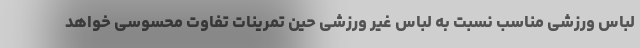
لباس ورزشی مناسب نسبت به لباس غیر ورزشی حین تمرینات تفاوت محسوسی خواهد